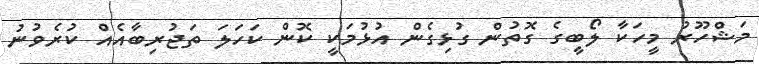
މަޝްހޫރު މީހަކާ ލޯބީގެ ގޮތުން ގުޅިގެން އުޅުމަކީ ކޮން ކަހަލަ ތަޖުރިބާއެއް ކުރެވުނު